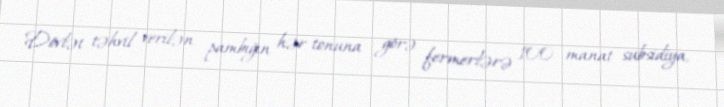
Dövlət təhvil verilən pambığın hər tonuna görə fermerlərə 100 manat subsidiya,